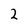
Character: 2